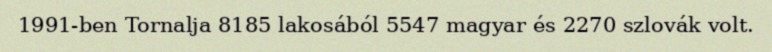
1991-ben Tornalja 8185 lakosából 5547 magyar és 2270 szlovák volt.